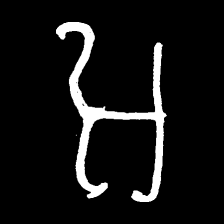
Pyu character \u2014 Myanmar letter: အ (romanized: a)